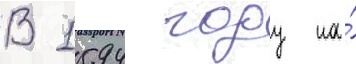
В 1594 году на́